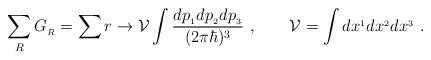
\begin{align*}\sum_R G_{_R}=\sum r\rightarrow {\cal V}\int{ dp_{_1}dp_{_2}dp_{_3} \over (2\pi\hbar)^3}\ ,\qquad {\cal V}=\int dx^{_1}dx^{_2}dx^{_3} \ .\end{align*}